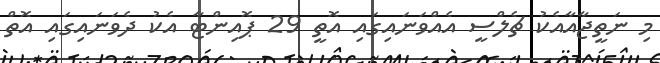
މި ނަތީޖާއާއެކު ޗެލްސީ އެއްވަނައިގައި އޮތީ 29 ޕޮއިންޓާ އެކު ދެވަނައިގައި އޮތް